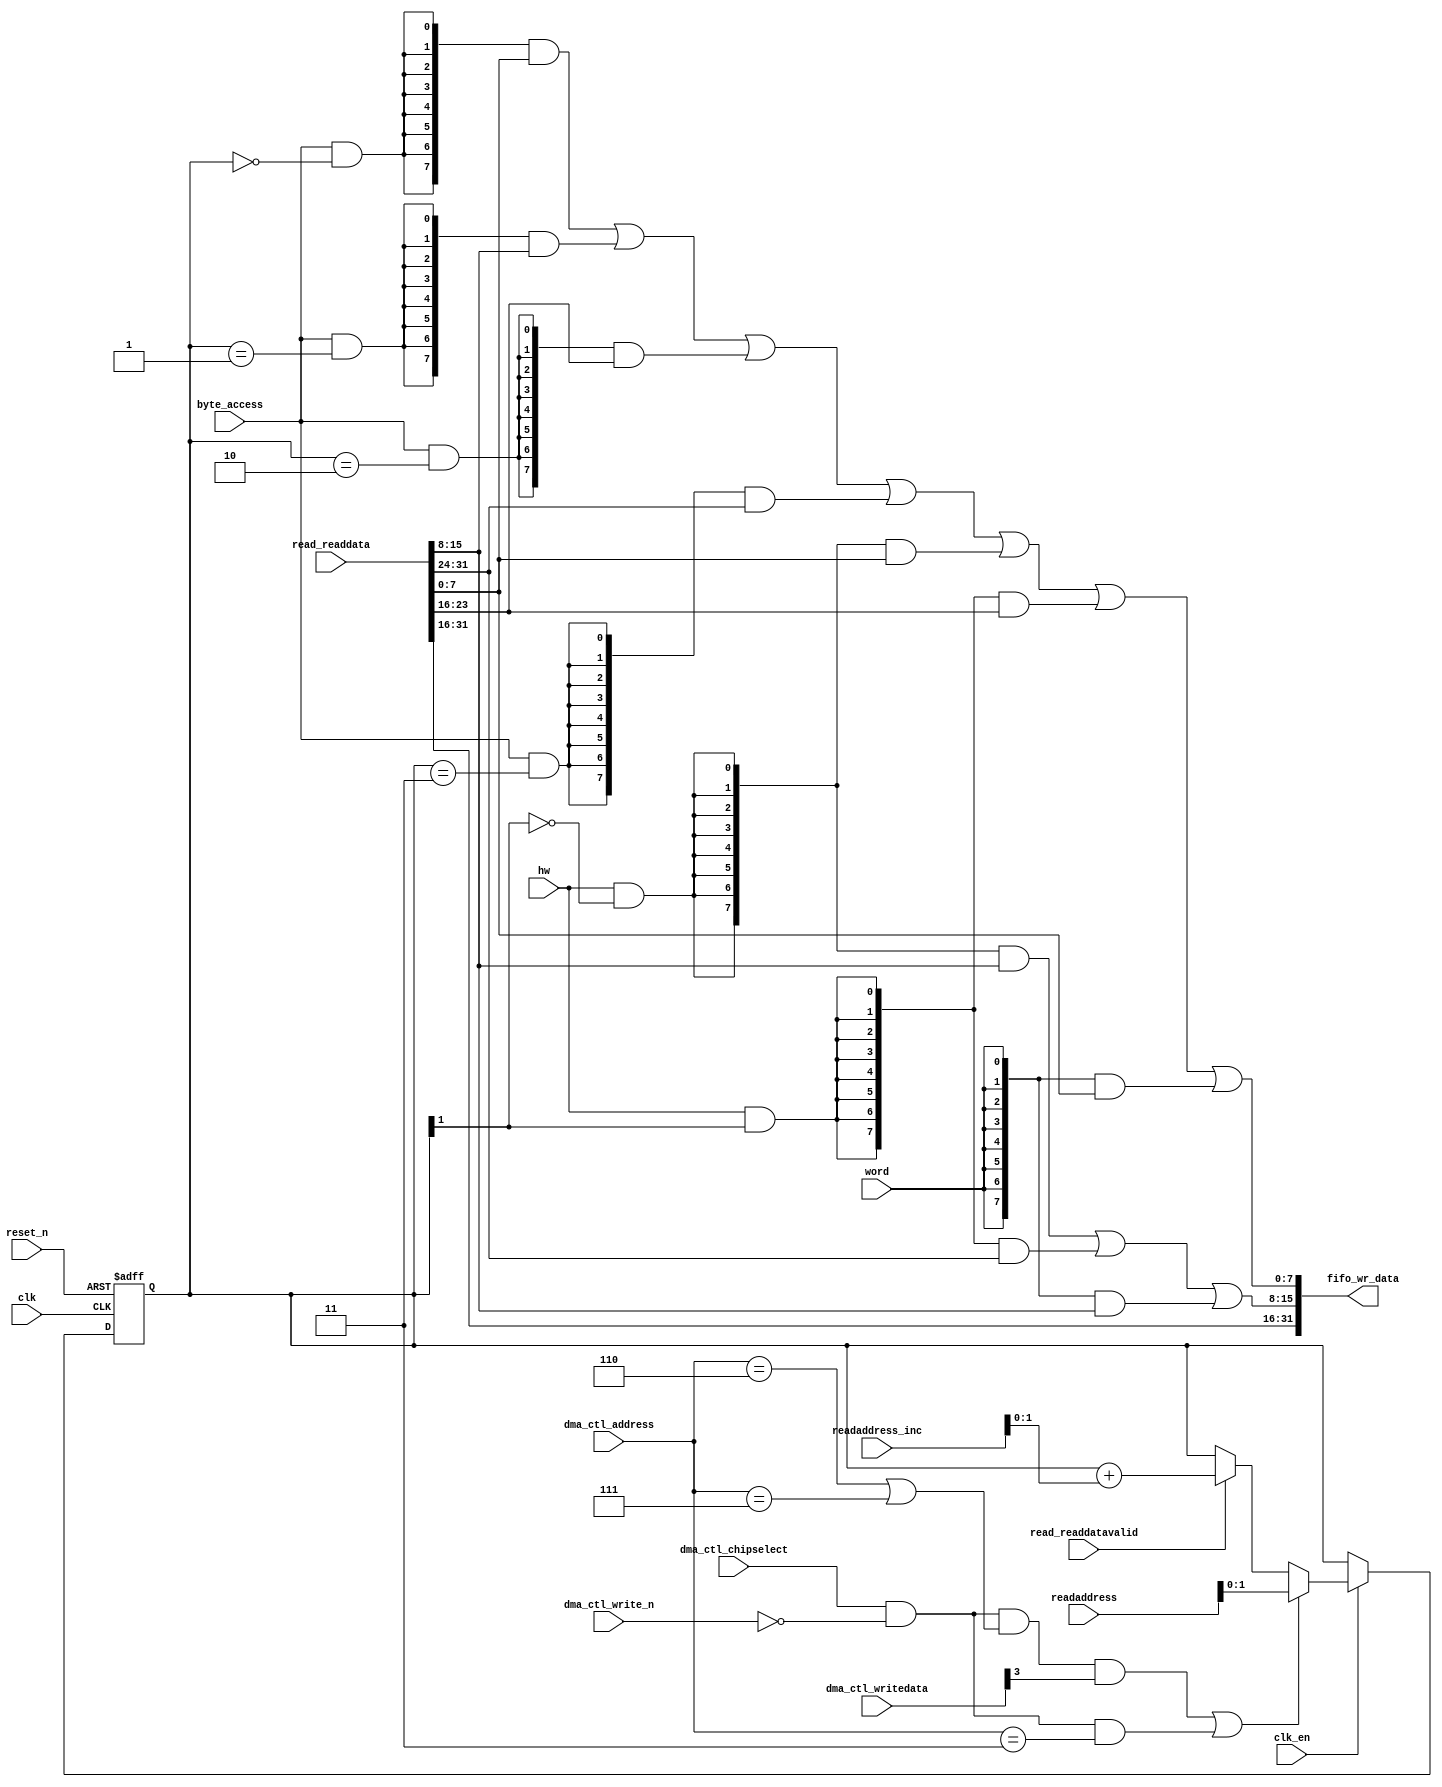
module soc_design_dma_0_read_data_mux (
                                         byte_access,
                                         clk,
                                         clk_en,
                                         dma_ctl_address,
                                         dma_ctl_chipselect,
                                         dma_ctl_write_n,
                                         dma_ctl_writedata,
                                         hw,
                                         read_readdata,
                                         read_readdatavalid,
                                         readaddress,
                                         readaddress_inc,
                                         reset_n,
                                         word,
                                         fifo_wr_data
                                      )
;
  output  [ 31: 0] fifo_wr_data;
  input            byte_access;
  input            clk;
  input            clk_en;
  input   [  2: 0] dma_ctl_address;
  input            dma_ctl_chipselect;
  input            dma_ctl_write_n;
  input   [ 14: 0] dma_ctl_writedata;
  input            hw;
  input   [ 31: 0] read_readdata;
  input            read_readdatavalid;
  input   [ 10: 0] readaddress;
  input   [  4: 0] readaddress_inc;
  input            reset_n;
  input            word;
  wire             control_write;
  wire    [ 31: 0] fifo_wr_data;
  wire             length_write;
  wire    [  1: 0] read_data_mux_input;
  reg     [  1: 0] readdata_mux_select;
  assign control_write = dma_ctl_chipselect & ~dma_ctl_write_n & ((dma_ctl_address == 6) || (dma_ctl_address == 7));
  assign length_write = dma_ctl_chipselect & ~dma_ctl_write_n & (dma_ctl_address == 3);
  assign read_data_mux_input = ((control_write && dma_ctl_writedata[3] || length_write))? readaddress[1 : 0] :
    (read_readdatavalid)? (readdata_mux_select + readaddress_inc) :
    readdata_mux_select;
  always @(posedge clk or negedge reset_n)
    begin
      if (reset_n == 0)
          readdata_mux_select <= 0;
      else if (clk_en)
          readdata_mux_select <= read_data_mux_input[1 : 0];
    end
  assign fifo_wr_data[31 : 16] = read_readdata[31 : 16];
  assign fifo_wr_data[15 : 8] = ({8 {(hw & (readdata_mux_select[1] == 0))}} & read_readdata[15 : 8]) |
    ({8 {(hw & (readdata_mux_select[1] == 1))}} & read_readdata[31 : 24]) |
    ({8 {word}} & read_readdata[15 : 8]);
  assign fifo_wr_data[7 : 0] = ({8 {(byte_access & (readdata_mux_select[1 : 0] == 0))}} & read_readdata[7 : 0]) |
    ({8 {(byte_access & (readdata_mux_select[1 : 0] == 1))}} & read_readdata[15 : 8]) |
    ({8 {(byte_access & (readdata_mux_select[1 : 0] == 2))}} & read_readdata[23 : 16]) |
    ({8 {(byte_access & (readdata_mux_select[1 : 0] == 3))}} & read_readdata[31 : 24]) |
    ({8 {(hw & (readdata_mux_select[1] == 0))}} & read_readdata[7 : 0]) |
    ({8 {(hw & (readdata_mux_select[1] == 1))}} & read_readdata[23 : 16]) |
    ({8 {word}} & read_readdata[7 : 0]);
endmodule